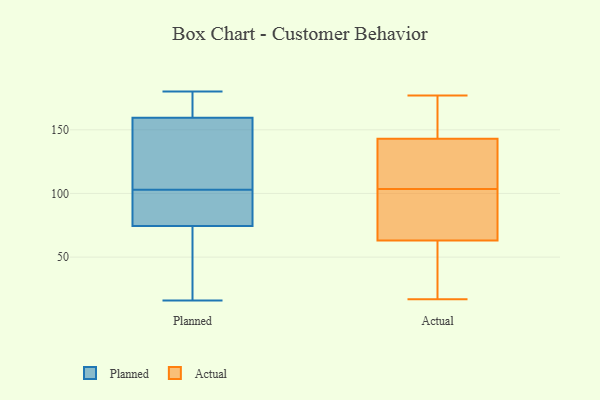
{"axis": {"x": "Gross Profit (USD K)", "y": "Value"}, "legend": ["Actual", "Planned"], "data": [{"x": "", "y": 119, "type": "Planned"}, {"x": "", "y": 173, "type": "Planned"}, {"x": "", "y": 43, "type": "Planned"}, {"x": "", "y": 16, "type": "Planned"}, {"x": "", "y": 128, "type": "Planned"}, {"x": "", "y": 74, "type": "Planned"}, {"x": "", "y": 105, "type": "Planned"}, {"x": "", "y": 95, "type": "Planned"}, {"x": "", "y": 59, "type": "Planned"}, {"x": "", "y": 180, "type": "Planned"}, {"x": "", "y": 146, "type": "Planned"}, {"x": "", "y": 85, "type": "Planned"}, {"x": "", "y": 75, "type": "Planned"}, {"x": "", "y": 176, "type": "Planned"}, {"x": "", "y": 101, "type": "Planned"}, {"x": "", "y": 178, "type": "Planned"}, {"x": "", "y": 17, "type": "Actual"}, {"x": "", "y": 168, "type": "Actual"}, {"x": "", "y": 57, "type": "Actual"}, {"x": "", "y": 63, "type": "Actual"}, {"x": "", "y": 98, "type": "Actual"}, {"x": "", "y": 143, "type": "Actual"}, {"x": "", "y": 129, "type": "Actual"}, {"x": "", "y": 109, "type": "Actual"}, {"x": "", "y": 177, "type": "Actual"}, {"x": "", "y": 72, "type": "Actual"}]}